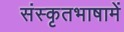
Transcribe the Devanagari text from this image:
संस्कृतभाषामें